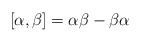
\begin{align*}[\alpha,\beta] =\alpha \beta - \beta \alpha\end{align*}